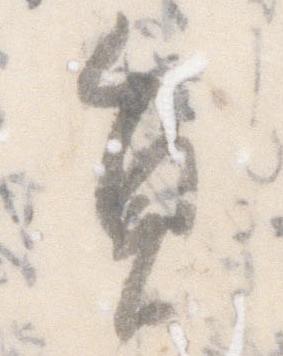
員